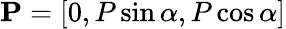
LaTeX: \mathbf{P}=[0,P\sin\alpha,P\cos\alpha]